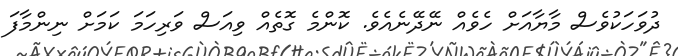
ދުވަހަކުވެސް މާޔާއަށް ހެވެއް ނޭދޭނެއެވެ. ކޮންމެ ގޮތެއް ވިއަސް ވަރިހަމަ ކަމަށް ނިންމާފަ